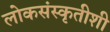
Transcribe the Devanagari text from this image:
लोकसंस्कृतीशी